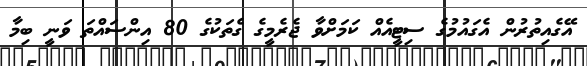
އޭގެއިތުރުން އެގައުމުގެ ސިޓީއެއް ކަމަށްވާ ޖެރެމީގެ ގެތަކުގެ 80 އިންސައްތަ ވަނީ ބިމާ